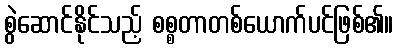
စွဲဆောင်နိုင်သည့် စစ္စတာတစ်ယောက်ပင်ဖြစ်၏။